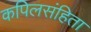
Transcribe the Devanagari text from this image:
कपिलसंहिता